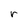
Character: r